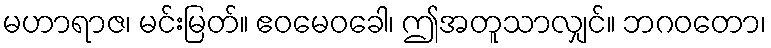
မဟာရာဇ၊ မင်းမြတ်။ ဧဝမေဝခေါ၊ ဤအတူသာလျှင်။ ဘဂဝတော၊